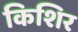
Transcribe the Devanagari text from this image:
किशिर